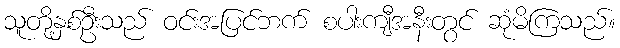
သူတို့နှစ်ဦးသည် ဝင်းအပြင်ဘက် စပါးကျီအနီးတွင် ဆုံမိကြသည်။